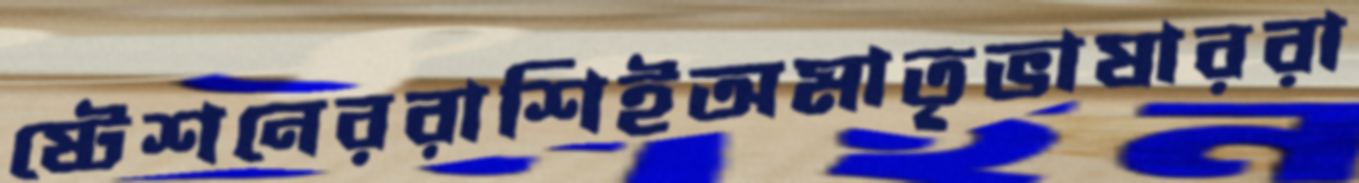
ষ্টেশনেররাশিইঅমাতৃভাষাররা